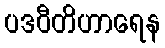
ပဒဝီတိဟာရေန